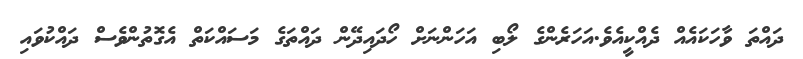
ދައްތަ ވާހަކައެއް ދެއްކީއެވެ.އަހަރެންގެ ލޯބި އަހަންނަށް ހޯދައިދޭން ދައްތަގެ މަސައްކަތް އެގޮތުންވެސް ދައްކުވައި